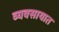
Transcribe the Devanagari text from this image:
व्‍यवसायात